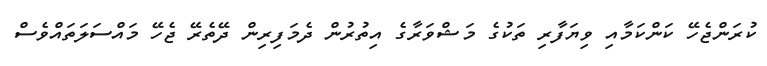
ކުރަންޖެހޭ ކަންކަމާއި ވިޔަފާރި ތަކުގެ މަޝްވަރާގެ އިތުރުން ދެމަފިރިން ދޭތެރޭ ޖެހޭ މައްސަލަތައްވެސް